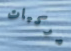
مركبات